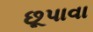
છૂપાવા